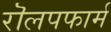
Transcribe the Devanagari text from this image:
रॊलपफार्म